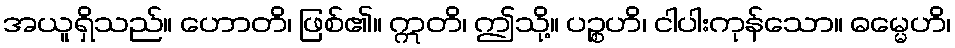
အယူရှိသည်။ ဟောတိ၊ ဖြစ်၏။ ဣတိ၊ ဤသို့။ ပဉ္စဟိ၊ ငါပါးကုန်သော။ ဓမ္မေဟိ၊